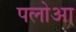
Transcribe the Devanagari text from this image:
पलोआ